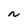
Character: N